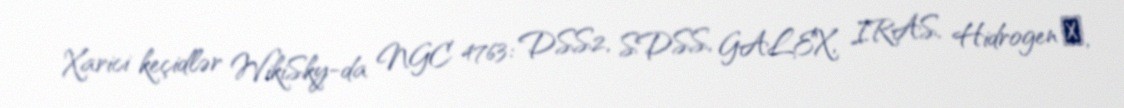
Xarici keçidlər WikiSky-da NGC 4763: DSS2, SDSS, GALEX, IRAS, Hidrogen α,